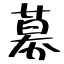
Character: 募